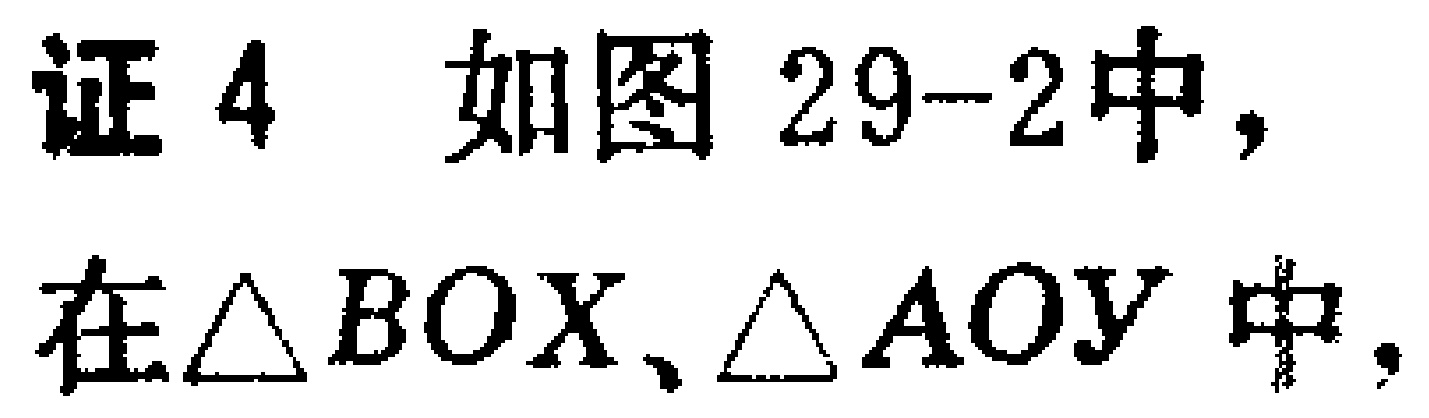
证4 如图29-2中，在$\triangle BOX$、$\triangle AOY$中，